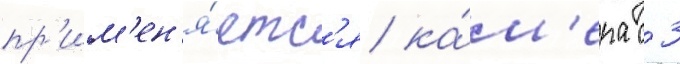
пр'им'ен'я́етс'я ка́м'ера с 3